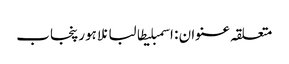
متعلقہ عنوان : اسمبلیطالبانلاہورپنجاب